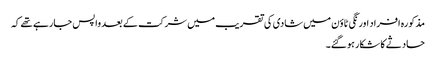
مذکورہ افراد اورنگی ٹاؤن میں شادی کی تقریب میں شرکت کے بعد واپس جارہے تھے کہ
حادثے کا شکار ہوگئے۔